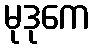
မုဒုကေ